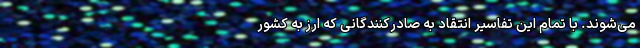
می‌شوند. با تمام این تفاسیر انتقاد به صادرکنندگانی که ارز به کشور